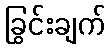
ခြွင်းချက်